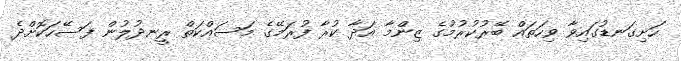
ހަށިގަނޑުގައިވާ ވިހަތައް ބޭރުކުރުމުގެ ޒިންމާ އަދާ ކުރާ ފުރަމޭގެ މަސައްކަތް ރީނދުލުން ފަސޭހަކޮށްދެ